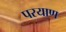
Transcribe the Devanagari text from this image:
परयाण